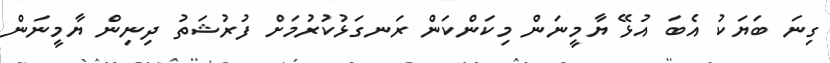
ގިނަ ބަޔަކު އެބަ އުޅޭ ޔާމީނަން މިކަންކަން ރަނގަޅުކުރުމަށް ފުރުޝަތު ދިނިން ޔާމީނަން